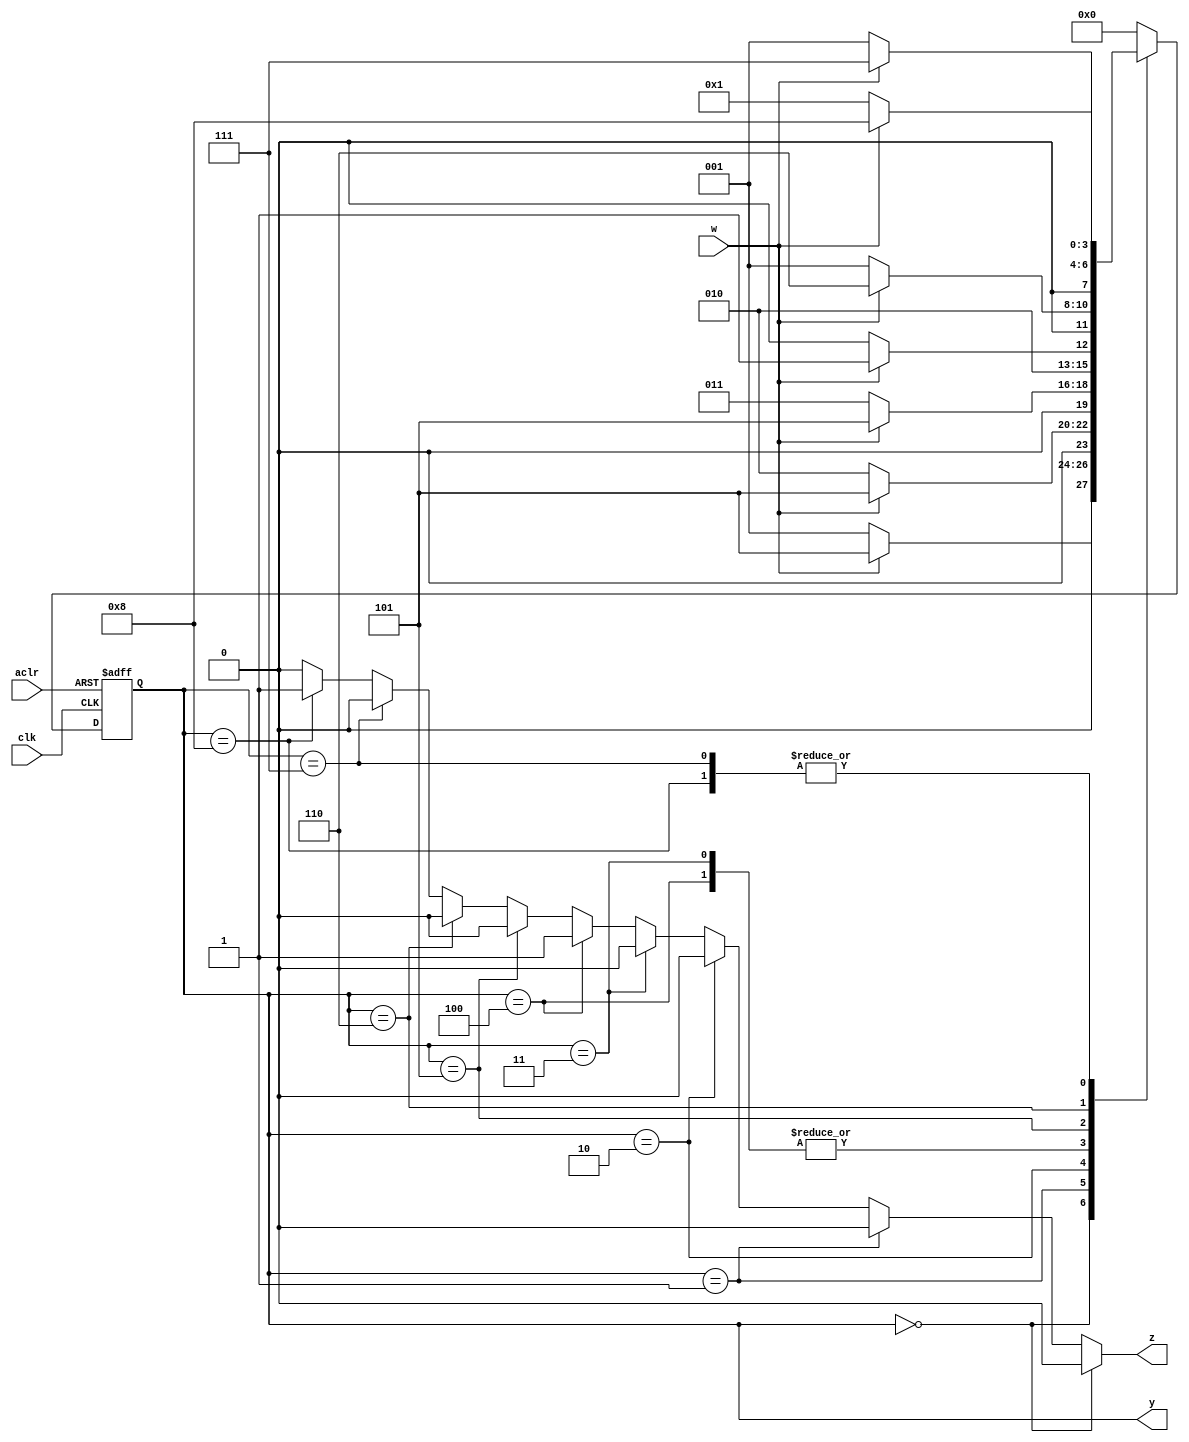
module FSM_user_coding_1_process(input clk, aclr, w, 
											output z, 
											output [3:0] y);
	
	// Automat Moore'a klasy C	
	reg [3:0] state;
	
	// deklaracja stanw wewntrznych
	localparam [3:0] 
		A = 4'b0000, // 0
		B = 4'b0001, // 1
		C = 4'b0010, // 2
		D = 4'b0011, // 3
		E = 4'b0100, // 4
		F = 4'b0101, // 5
		G = 4'b0110, // 6
		H = 4'b0111, // 7
		I = 4'b1000; // 8
		
	// opis pamici (rejestru) oraz funkcji przejcia i wyjcia
	always @(posedge clk, negedge aclr)
		if(~aclr) state <= A;
		else case (state)
			
				A:
					if(w) state = F;
					else state = B;
					
				B: 
					if(w) state = F;
					else state = C;
					
				C: 
					if(w) state = F;
					else state = D;
					
				D: 
					if(w) state = F;
					else state = E;
					
				E:
					if(w) state = F;
					else  state = E;
					
				F: 
					if(w) state = G;
					else state = B;
				
				G:
					if(w) state = H;
					else state = B;
					
				H: 
					if(w) state = I;
					else state = B;
				
				I:
					if(w) state = I;
					else state = B;
					
				default: 
							state = A;
			endcase		
	
	assign y = state;
	assign z = ((state == A) ? 1'b0 : (
					(state == B) ? 1'b0 : (
					(state == C) ? 1'b0 : (
					(state == D) ? 1'b0 : (
					(state == E) ? 1'b1 : (
					(state == F) ? 1'b0 : (
					(state == G) ? 1'b0 : (
					(state == H) ? 1'b0 : (
					(state == I) ? 1'b1 : 1'b0)))))))));
	
endmodule